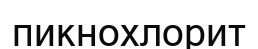
пикнохлорит